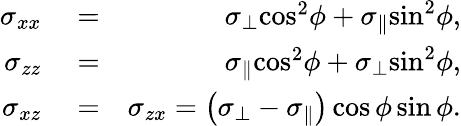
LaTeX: \begin{array}{rlr}{{\sigma_{xx}}}&{{}=}&{{\sigma_{\perp}}{\cos^{2}}\phi+{\sigma_{\parallel}}{\sin^{2}}\phi,}\\ {{\sigma_{zz}}}&{{}=}&{{\sigma_{\parallel}}{\cos^{2}}\phi+{\sigma_{\perp}}{\sin^{2}}\phi,}\\ {{\sigma_{xz}}}&{{}=}&{{\sigma_{zx}}=\left({{\sigma_{\perp}}-{\sigma_{\parallel}}}\right)\cos\phi\sin\phi.}\end{array}